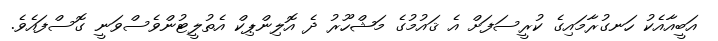
އަބީއާއެކު ހަނގުރާމައިގެ ކުރީސަފަށް އެ ޤައުމުގެ މަޝްހޫރު ދެ އޮލިންޕިކް އެތުލީޓުންވެސްވަނީ ގޮސްފައެވެ.